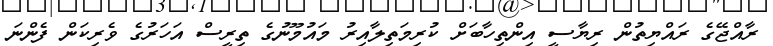
ރާއްޖޭގެ ރައްޔިތުން ރިޔާސީ އިންތިހާބަށް ކުރިމަތިލާއިރު މައުމޫނުގެ ތިރީސް އަހަރުގެ ވެރިކަން ފެންނަ